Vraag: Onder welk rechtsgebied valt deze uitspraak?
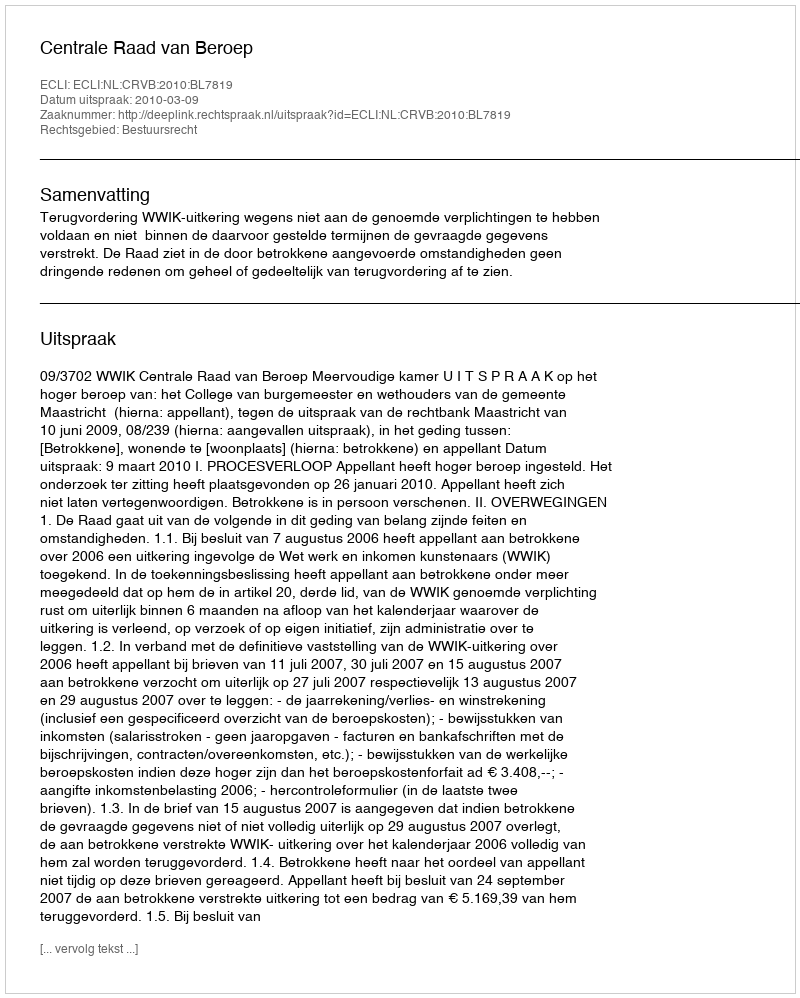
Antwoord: Bestuursrecht